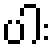
ပါး